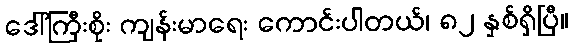
ဒေါ်ကြီးစိုး ကျန်းမာရေး ကောင်းပါတယ်၊ ၈၂ နှစ်ရှိပြီ။